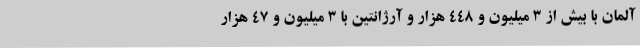
آلمان با بیش از ۳ میلیون و ۴۴۸ هزار و آرژانتین با ۳ میلیون و ۴۷ هزار